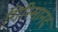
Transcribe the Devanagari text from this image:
गिरिमानंद